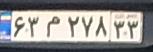
۶۳م۲۷۸۳۳